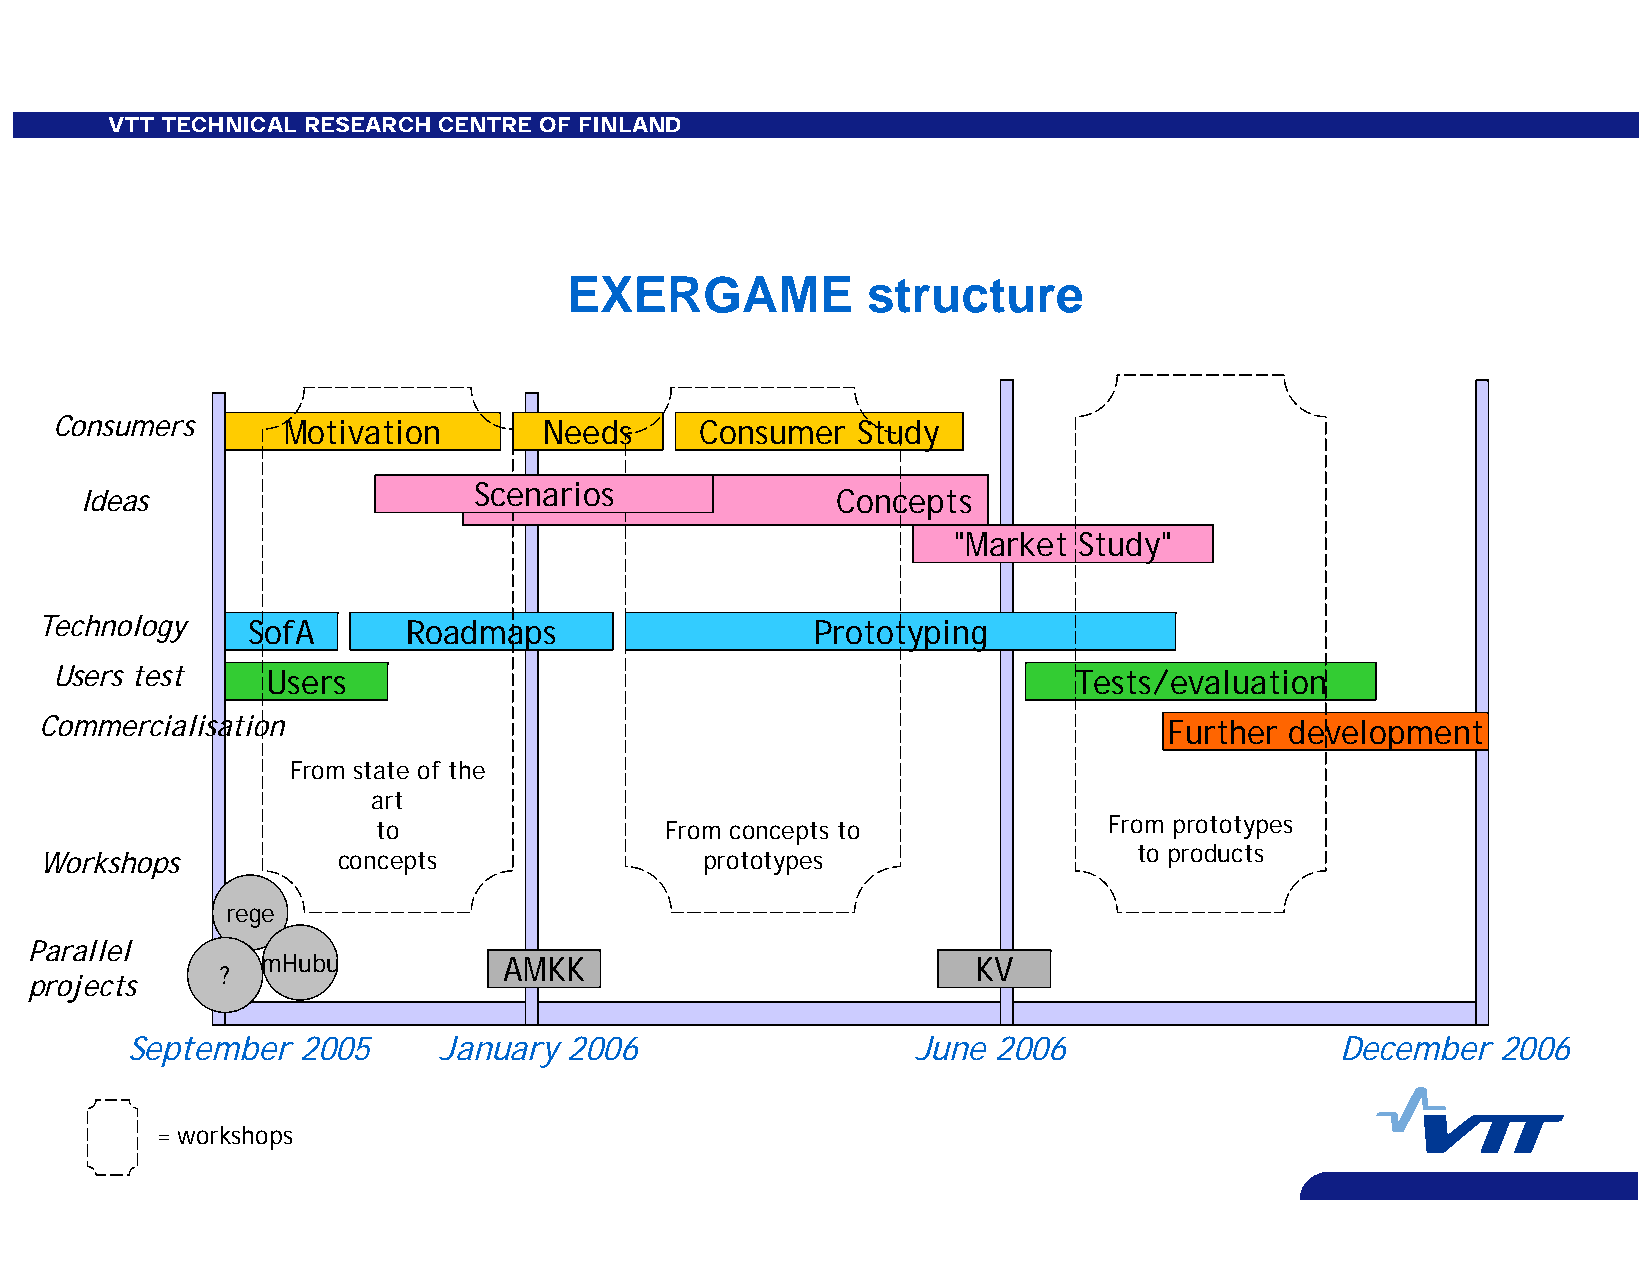
VTT TECHNICAL RESEARCH CENTRE OF FINLAND
 EXERGAME            structure
 Consumers       Motivation       Needs     Consumer   Study
 Ideas                     Scenarios               Concepts
 "Market Study"
 Technology    SofA       Roadmaps                   Prototyping
 Users test     Users                                                Tests/evaluation
 Commercialisation                                                         Further development
 From state of the
 art
 From prototypes
 to                 From concepts to
 to products
 Workshops          concepts                prototypes
 rege
 Parallel
 mHubu           AMKK                            KV
 ?
 projects
 September   2005     January  2006                   June 2006                   December  2006
 = workshops